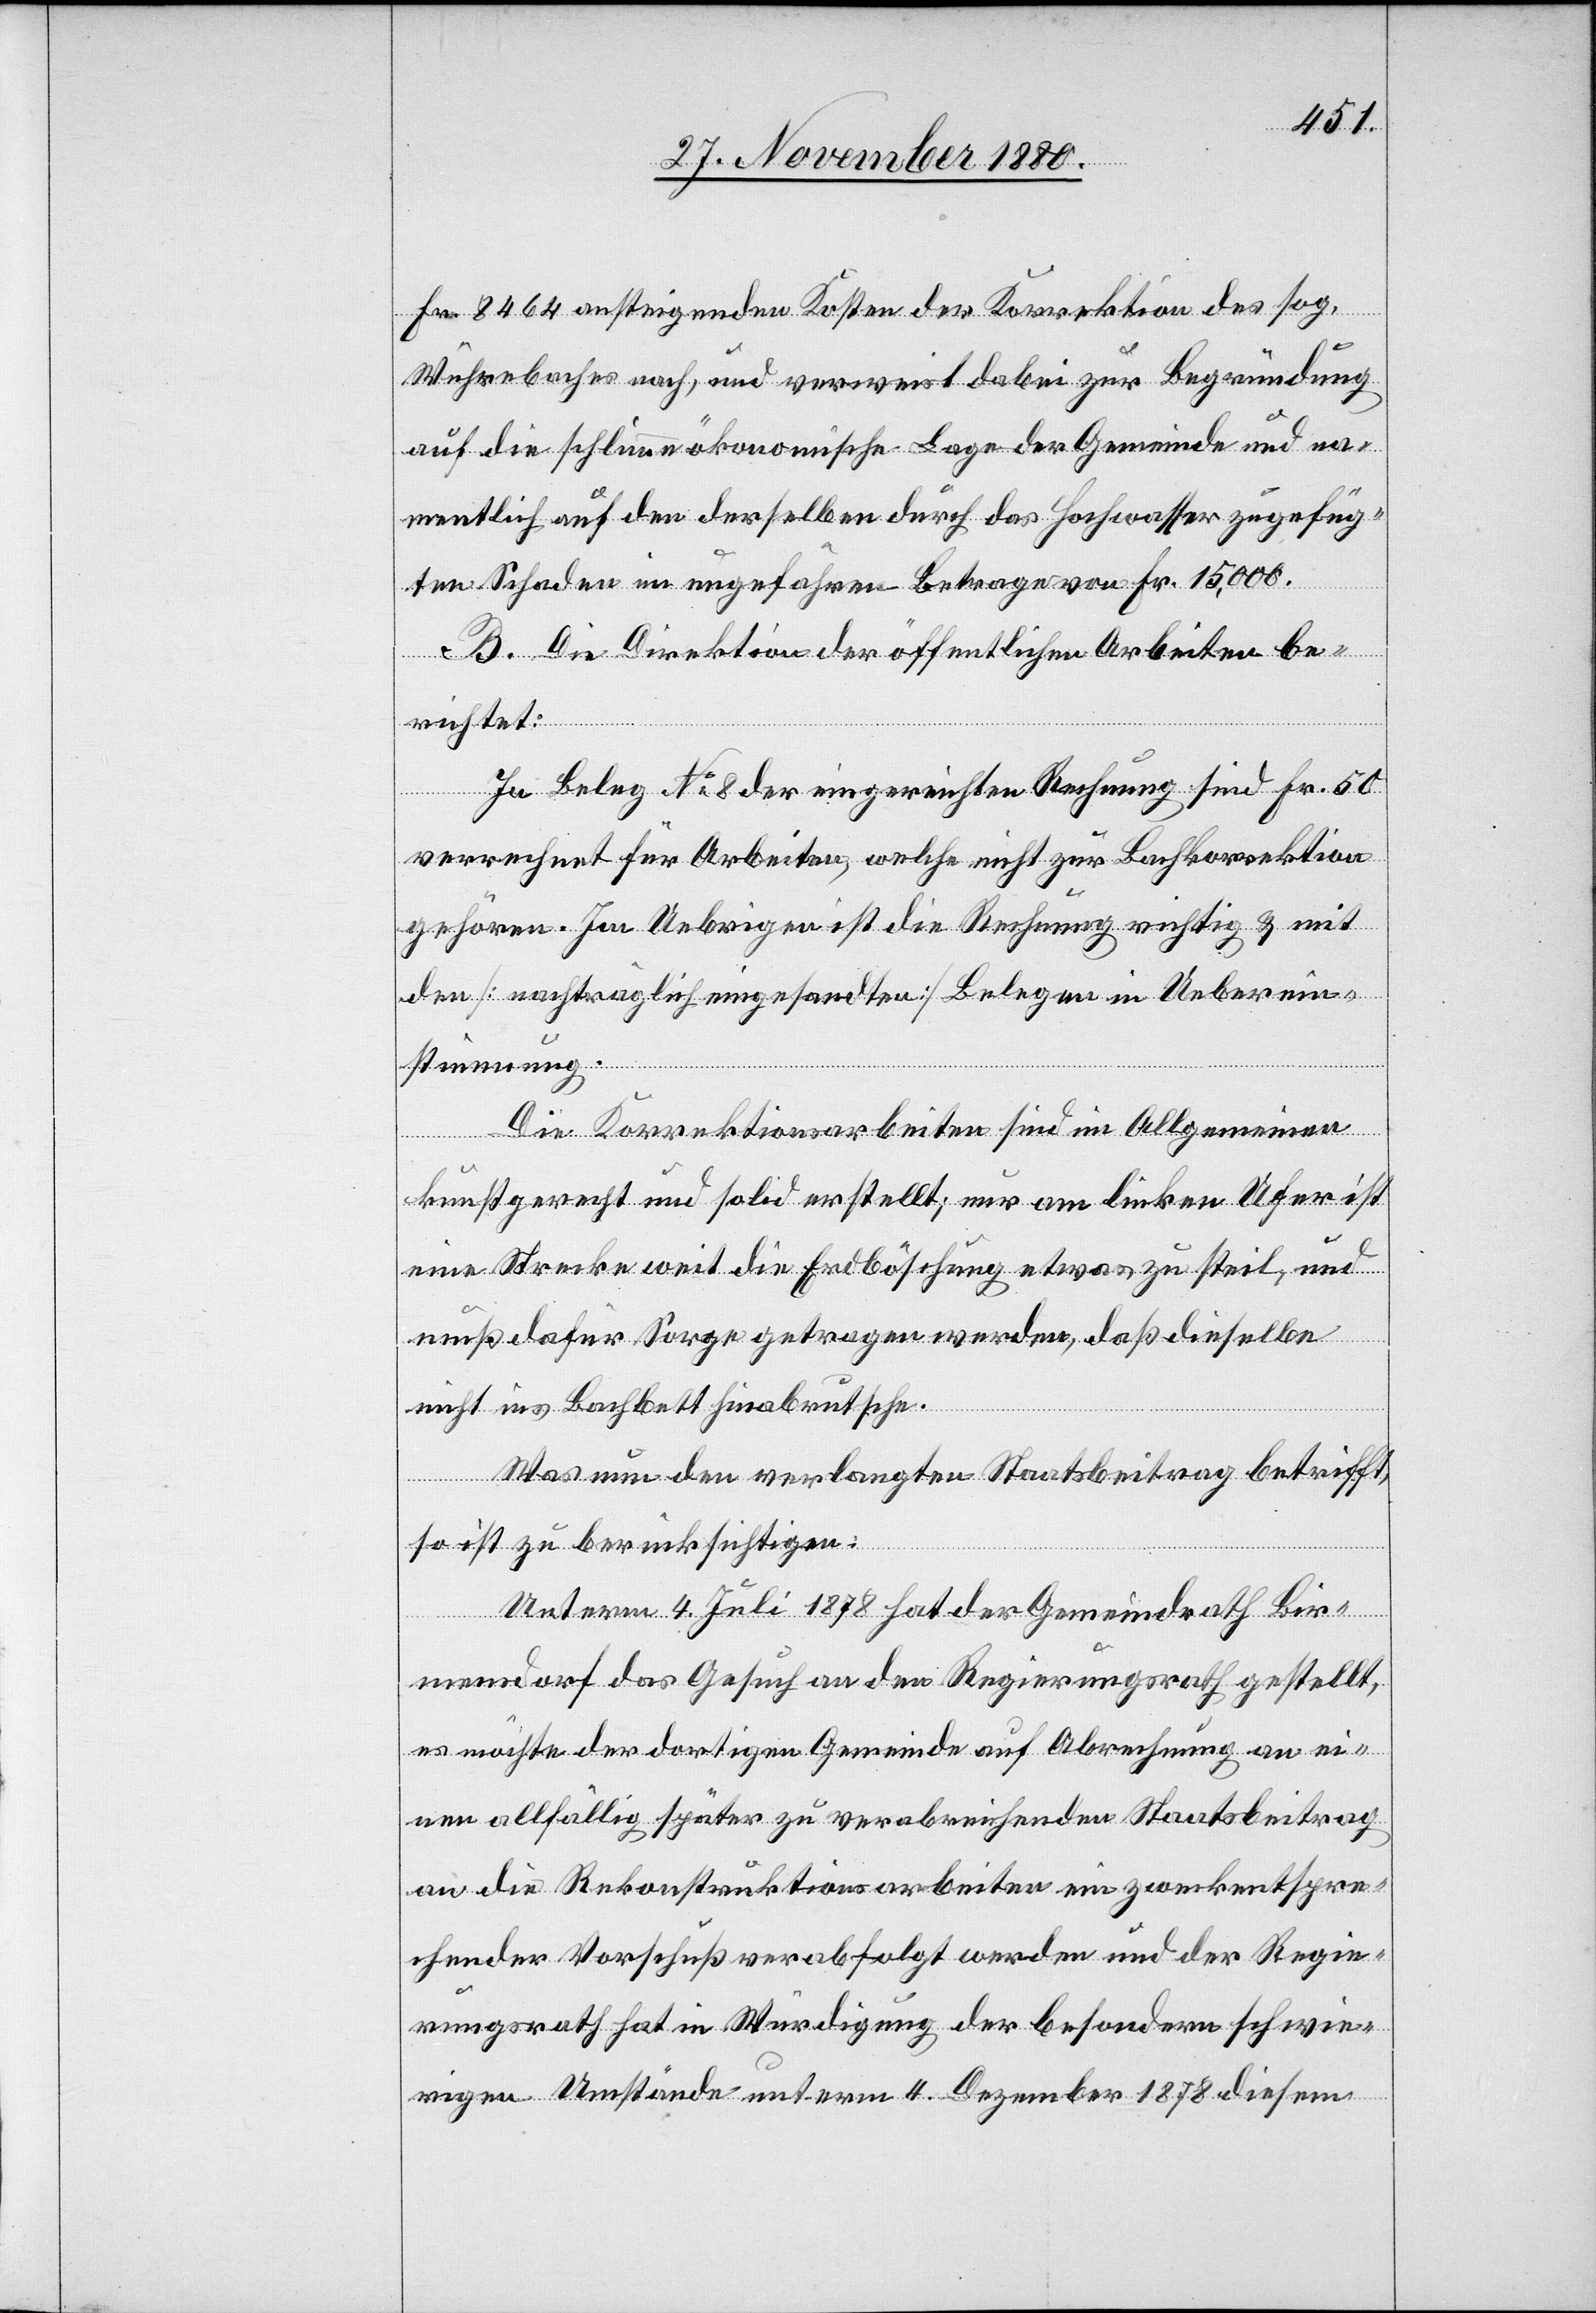
Fr. 8464 ansteigenden Kosten der Korrektion des sog.
Wuhrebaches [sic!] nach, und verweist dabei zur Begründung
auf die schlimme ökonomische Lage der Gemeinde und na¬
mentlich auf den derselben durch das Hochwasser zugefüg¬
ten Schaden im ungefähren Betrage von Fr. 15,000.
B. Die Direktion der öffentlichen Arbeiten be¬
richtet:
In Beleg No 8 der eingereichten Rechnung sind Fr. 50
verrechnet für Arbeiten, welche nicht zur Bachkorrektion
gehören. Im Uebrigen ist die Rechnung richtig & mit
den [nachträglich eingesandten] Belegen in Ueberein¬
stimmung.
Die Korrektionsarbeiten sind im Allgemeinen
kunstgerecht und solid erstellt; nur am linken Ufer ist
eine Strecke weit die Erdböschung etwas zu steil, und
muß dafür Sorge getragen werden, daß dieselbe
nicht ins Bachbett hinabrutsche.
Was nun den verlangten Staatsbeitrag betrifft,
so ist zu berücksichtigen:
Unterm 4. Juli 1878 hat der Gemeindrath Bir¬
mensdorf das Gesuch an den Regierungsrath gestellt,
es möchte der dortigen Gemeinde auf Abrechnung an ei¬
nen allfällig später zu verabreichenden Staatsbeitrag
an die Rekonstruktionsarbeiten ein zweckentspre¬
chender Vorschuß verabfolgt werden und der Regie¬
rungsrath hat in Würdigung der besondern schwie¬
rigen Umstände unterm 4. Dezember 1878 diesem